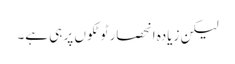
لیکن زیادہ انحصار ٹوٹکوں پر ہی ہے۔